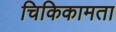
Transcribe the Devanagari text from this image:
चिकिकामता